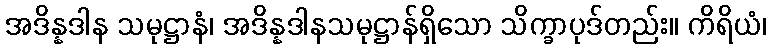
အဒိန္နဒါန သမုဋ္ဌာနံ၊ အဒိန္နဒါနသမုဋ္ဌာန်ရှိသော သိက္ခာပုဒ်တည်း။ ကိရိယံ၊